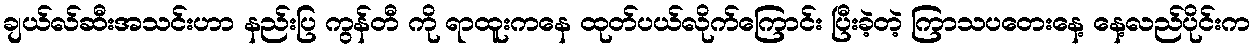
ချယ်လ်ဆီးအသင်းဟာ နည်းပြ ကွန်တီ ကို ရာထူးကနေ ထုတ်ပယ်လိုက်ကြောင်း ပြီးခဲ့တဲ့ ကြာသပတေးနေ့ နေ့လည်ပိုင်းက